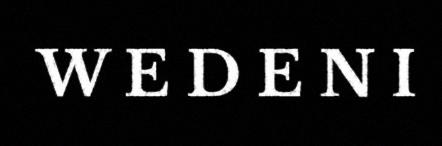
W E D E N I